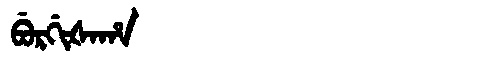
Manchu: ᠪᡠᡵᡤᡳᡧᠠᡥᠠ
Romanization: BURGIŠAHA